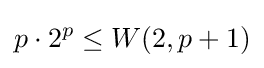
p\cdot 2^{p}\leq W(2,p+1)